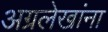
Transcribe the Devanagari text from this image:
अग्रलेखांना